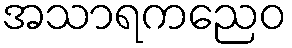
အသာရကညေဝ